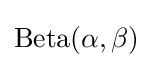
\operatorname {Beta} (\alpha ,\beta )